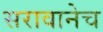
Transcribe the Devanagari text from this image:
सरावानेच